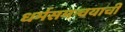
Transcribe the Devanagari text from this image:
धर्मसमन्वयाची